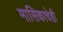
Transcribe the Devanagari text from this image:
मासिकाचेही